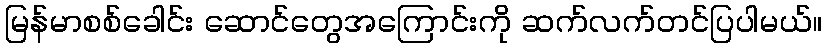
မြန်မာစစ်ခေါင်း ဆောင်တွေအကြောင်းကို ဆက်လက်တင်ပြပါမယ်။